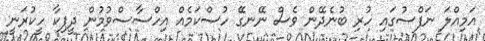
އަމިއްލަ ނަފްސުގައި ހުރި ބުނެދޭން ވެސް ނޭނގޭ ހުސްކަމެއް އިހްސާސްވުމުން ދީޕިކާ ހީކުރަނީ